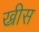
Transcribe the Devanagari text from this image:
ख्रीस